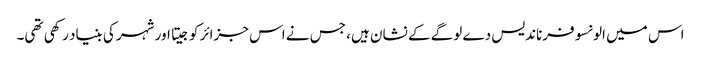
اس میں الونسو فرناندیس دے لوگے کے نشان ہیں، جس نے اس جزائر کو جیتا اور شہر کی بنیاد رکھی تھی۔